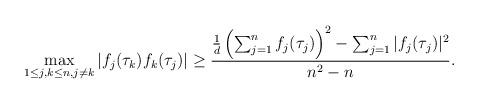
LaTeX: \begin{align*} \max _{1\leq j,k \leq n, j\neq k}|f_j(\tau_k)f_k(\tau_j)|\geq \frac{\frac{1}{d}\left(\sum_{j=1}^n f_j(\tau_j)\right)^2-\sum_{j=1}^n |f_j(\tau_j)|^2}{n^2-n}. \end{align*}